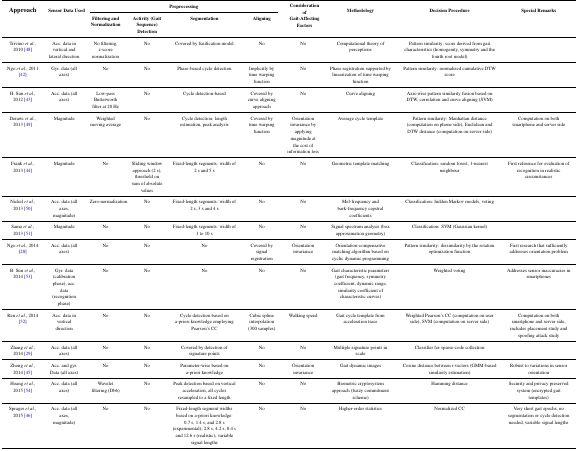
<table><thead><tr><td rowspan="2"><b>Approach</b></td><td rowspan="2"><b>Sensor Data Used</b></td><td colspan="4"><b>Preprocessing</b></td><td rowspan="2"><b>Consideration of Gait-Affecting Factors</b></td><td rowspan="2"><b>Methodology</b></td><td rowspan="2"><b>Decision Procedure</b></td><td rowspan="2"><b>Special Remarks</b></td></tr><tr><td><b>Filtering and Normalization</b></td><td><b>Activity (Gait Sequence) Detection</b></td><td><b>Segmentation</b></td><td><b>Aligning</b></td></tr></thead><tbody><tr><td>Trivino <i>et al.</i>, 2010 [48]</td><td>Acc. data in vertical and lateral direction</td><td>No filtering, z-score normalization</td><td>No</td><td>Covered by fusification model</td><td>No</td><td>No</td><td>Computational theory of perceptions</td><td>Pattern similarity: score derived from gait characteristics (homogenity, symmetry and the fourth root model)</td><td></td></tr><tr><td>Ngo <i>et al.</i>, 2011 [42]</td><td>Gyr. data (all axes)</td><td>No</td><td>No</td><td>Phase-based cycle detection</td><td>Implicitly by time warping function</td><td>No</td><td>Phase registration supported by linearization of time warping function</td><td>Pattern similarity: normalised cumulative DTW score</td><td></td></tr><tr><td>H. Sun <i>et al.</i>, 2012 [43]</td><td>Acc. data (all axes)</td><td>Low-pass Butterworth filter at 20 Hz</td><td>No</td><td>Cycle detection-based</td><td>Covered by curve aligning approach</td><td>No</td><td>Curve aligning</td><td>Axis-wise pattern similarity fusion based on DTW, correlation and curve aligning (SVM)</td><td></td></tr><tr><td>Derawi <i>et al.</i>, 2013 [49]</td><td>Magnitude</td><td>Weighted moving average</td><td>No</td><td>Cycle detection: length estimation, peak analysis</td><td>Covered by time warping function</td><td>Orientation invariance by applying magnitude at the cost of information loss</td><td>Average cycle template</td><td>Pattern similarity: Manhattan distance (computation on phone side), Euclidean and DTW distance (computation on server side)</td><td>Computation on both smartphone and server side</td></tr><tr><td>Frank <i>et al.</i>, 2013 [44]</td><td>Magnitude</td><td>No</td><td>Sliding window approach (2 s), threshold on sum of absolute values</td><td>Fixed-length segments: width of 2 s and 5 s</td><td>No</td><td>No</td><td>Geometric template matching</td><td>Classification: random forest, 1-nearest neighbour</td><td>First reference for evaluation of recognition in realistic circumstances</td></tr><tr><td>Nickel <i>et al.</i>, 2013 [50]</td><td>Acc. data (all axes, magnitude)</td><td>Zero-normalization</td><td>No</td><td>Fixed-length segments: width of 2 s, 3 s and 4 s</td><td>No</td><td>No</td><td>Mel-frequency and bark-frequency cepstral coefficients</td><td>Classification: hidden Markov models, voting</td><td></td></tr><tr><td>Sama <i>et al.</i>, 2013 [51]</td><td>Magnitude</td><td>No</td><td>No</td><td>Fixed-length segments: width of 1 to 10 s</td><td>No</td><td>No</td><td>Signal spectrum analysis (box approximation geometry)</td><td>Classification: SVM (Gaussian kernel)</td><td></td></tr><tr><td>Ngo <i>et al.</i>, 2014 [28]</td><td>Acc. data (all axes)</td><td>No</td><td>No</td><td>No</td><td>Covered by signal registration</td><td>Orientation invariance</td><td>Orientation-compensative matching algorithm based on cyclic dynamic programming</td><td>Pattern similarity: dissimilarity by the rotation optimization function</td><td>First research that sufficiently addresses orientation problem</td></tr><tr><td>B. Sun <i>et al.</i>, 2014 [53]</td><td>Gyr. data (calibration phase), acc. data (recognition phase)</td><td>No</td><td>No</td><td>No</td><td>No</td><td>No</td><td>Gait characteristic parameters (gait frequency, symmetry coefficient, dynamic range, similarity coefficient of characteristic curves)</td><td>Weighted voting</td><td>Addresses sensor inaccuracies in smartphones</td></tr><tr><td>Ren <i>et al.</i>, 2014 [52]</td><td>Acc. data in vertical direction</td><td>No</td><td>No</td><td>Cycle detection based on a-priori knowledge employing Pearson’s CC</td><td>Cubic spline interpolation (300 samples)</td><td>Walking speed</td><td>Gait cycle template from acceleration trace</td><td>Weighted Pearson’s CC (computation on user side), SVM (computation on server side)</td><td>Computation on both smartphone and server side, includes placement study and spoofing attack study</td></tr><tr><td>Zhang <i>et al.</i>, 2014 [29]</td><td>Acc. data (all axes)</td><td>No</td><td>No</td><td>Covered by detection of signature points</td><td>No</td><td>No</td><td>Multiple signature points in scale</td><td>Classifier for sparse-code collection</td><td></td></tr><tr><td>Zhong <i>et al.</i>, 2014 [45]</td><td>Acc. and gyr. Data (all axes)</td><td>No</td><td>No</td><td>Parameter-wise based on a-priori knowledge</td><td>No</td><td>Orientation invariance</td><td>Gait dynamic images</td><td>Cosine distance between i-vectors (GMM-based similarity estimation)</td><td>Robust to variations in sensor orientation</td></tr><tr><td>Hoang <i>et al.</i>, 2015 [54]</td><td>Acc. data (all axes)</td><td>Wavelet filtering (Db6)</td><td>No</td><td>Peak detection based on vertical acceleration, all cycles resampled to a fixed length</td><td>No</td><td>No</td><td>Biometric cryptosystem approach (fuzzy commitment scheme)</td><td>Hamming distance</td><td>Security and privacy preserved system (encrypted gait templates)</td></tr><tr><td>Sprager <i>et al.</i>, 2015 [46]</td><td>Acc. data (all axes, magnitude)</td><td>No</td><td>No</td><td>Fixed-length segment widths based on a-priori knowledge: 0.7 s, 1.4 s, and 2.8 s (experimental); 2.8 s, 4.2 s, 8.4 s and 12.6 s (realistic); variable signal lengths</td><td>No</td><td>No</td><td>Higher-order statistics</td><td>Normalized CC</td><td>Very short gait epochs, no segmentation or cycle detection needed, variable signal lengths</td></tr></tbody></table>